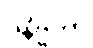
ဝနိဗ္ဗကာ